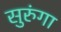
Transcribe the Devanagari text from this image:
सुरुंगा